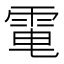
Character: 𩂬